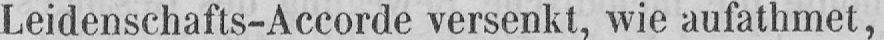
Leidenschafts-Accorde versenkt, wie aufathmet,